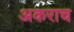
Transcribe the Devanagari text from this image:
अकराच